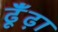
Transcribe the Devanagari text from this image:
ढूँंढ़ा